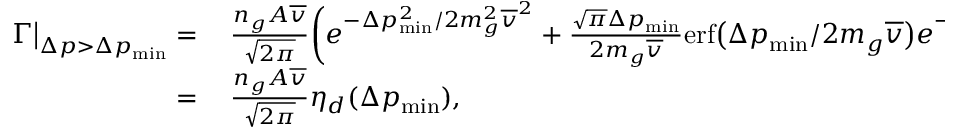
\begin{array} { r l } { \Gamma \big | _ { \Delta p > \Delta p _ { \mathrm { m i n } } } = } & { { } \, \frac { n _ { g } A \overline { { v } } } { \sqrt { 2 \pi } } \bigg ( e ^ { - \Delta p _ { \mathrm { m i n } } ^ { 2 } / 2 m _ { g } ^ { 2 } \overline { { v } } ^ { 2 } } + \frac { \sqrt { \pi } \Delta p _ { \mathrm { m i n } } } { 2 m _ { g } \overline { { v } } } \mathrm { e r f } \big ( \Delta p _ { \mathrm { m i n } } / 2 m _ { g } \overline { { v } } \big ) e ^ { - \Delta p _ { \mathrm { m i n } } ^ { 2 } \big / 4 m _ { g } ^ { 2 } \overline { { v } } ^ { 2 } } \bigg ) . } \\ { = } & { { } \, \frac { n _ { g } A \overline { { v } } } { \sqrt { 2 \pi } } \eta _ { d } ( \Delta p _ { \mathrm { m i n } } ) , } \end{array}